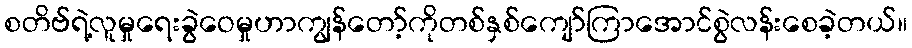
စတိဗ်ရဲ့လူမှုရေးခွဲဝေမှုဟာကျွန်တော့်ကိုတစ်နှစ်ကျော်ကြာအောင်စွဲလန်းစေခဲ့တယ်။